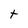
Character: t